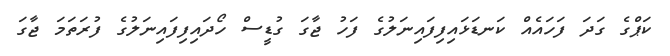
ކަޕްގެ ގަދަ ފަހައެއް ކަނޑަޅައިފިފައިނަލުގެ ފަހު ޖާގަ ގުޑީސް ހޯދައިފިފައިނަލުގެ ފުރަތަމަ ޖާގަ